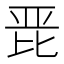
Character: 𭯋